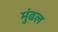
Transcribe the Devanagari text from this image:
मुंढल